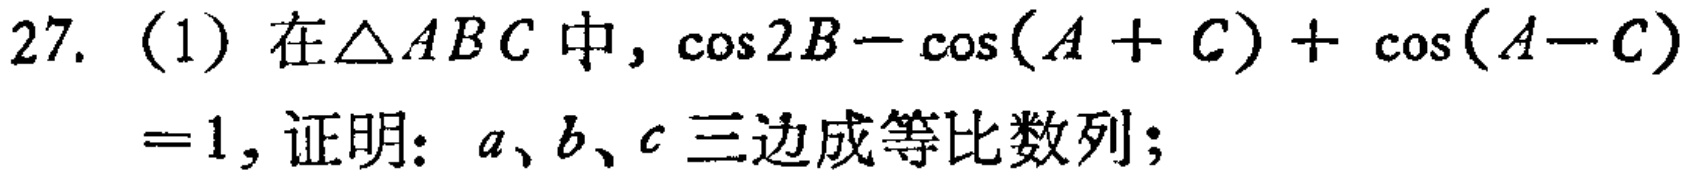
27. (1) 在\(\triangle ABC\)中，\(\cos 2B - \cos(A + C)+ \cos(A - C)=1\)，证明：\(a\)、\(b\)、\(c\)三边成等比数列；